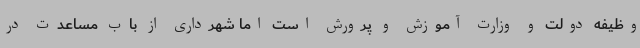
وظیفه دولت و وزارت آموزش و پرورش است اما شهرداری از باب مساعدت در